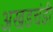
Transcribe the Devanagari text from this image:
अखडचंडी